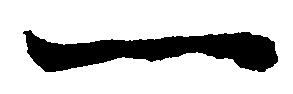
一